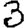
Digit: 3